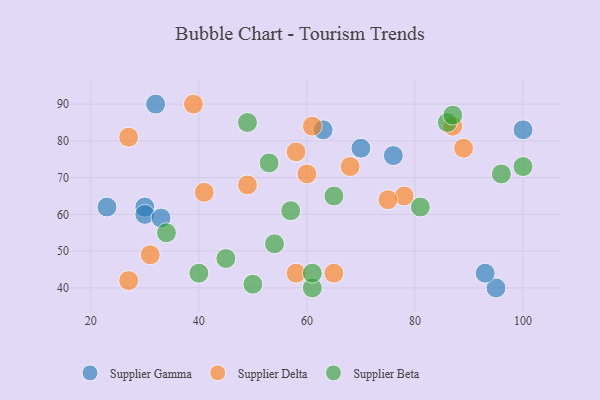
{"axis": {"x": "GDP", "y": "Life Expectancy"}, "legend": ["Supplier Beta", "Supplier Delta", "Supplier Gamma"], "data": [{"x": "63", "y": 83, "type": "Supplier Gamma"}, {"x": "30", "y": 62, "type": "Supplier Gamma"}, {"x": "95", "y": 40, "type": "Supplier Gamma"}, {"x": "23", "y": 62, "type": "Supplier Gamma"}, {"x": "30", "y": 60, "type": "Supplier Gamma"}, {"x": "93", "y": 44, "type": "Supplier Gamma"}, {"x": "32", "y": 90, "type": "Supplier Gamma"}, {"x": "100", "y": 83, "type": "Supplier Gamma"}, {"x": "70", "y": 78, "type": "Supplier Gamma"}, {"x": "76", "y": 76, "type": "Supplier Gamma"}, {"x": "33", "y": 59, "type": "Supplier Gamma"}, {"x": "27", "y": 42, "type": "Supplier Delta"}, {"x": "61", "y": 84, "type": "Supplier Delta"}, {"x": "31", "y": 49, "type": "Supplier Delta"}, {"x": "60", "y": 71, "type": "Supplier Delta"}, {"x": "78", "y": 65, "type": "Supplier Delta"}, {"x": "58", "y": 77, "type": "Supplier Delta"}, {"x": "89", "y": 78, "type": "Supplier Delta"}, {"x": "87", "y": 84, "type": "Supplier Delta"}, {"x": "75", "y": 64, "type": "Supplier Delta"}, {"x": "65", "y": 44, "type": "Supplier Delta"}, {"x": "27", "y": 81, "type": "Supplier Delta"}, {"x": "41", "y": 66, "type": "Supplier Delta"}, {"x": "58", "y": 44, "type": "Supplier Delta"}, {"x": "49", "y": 68, "type": "Supplier Delta"}, {"x": "68", "y": 73, "type": "Supplier Delta"}, {"x": "39", "y": 90, "type": "Supplier Delta"}, {"x": "57", "y": 61, "type": "Supplier Beta"}, {"x": "61", "y": 40, "type": "Supplier Beta"}, {"x": "50", "y": 41, "type": "Supplier Beta"}, {"x": "86", "y": 85, "type": "Supplier Beta"}, {"x": "100", "y": 73, "type": "Supplier Beta"}, {"x": "81", "y": 62, "type": "Supplier Beta"}, {"x": "49", "y": 85, "type": "Supplier Beta"}, {"x": "65", "y": 65, "type": "Supplier Beta"}, {"x": "87", "y": 87, "type": "Supplier Beta"}, {"x": "61", "y": 44, "type": "Supplier Beta"}, {"x": "34", "y": 55, "type": "Supplier Beta"}, {"x": "45", "y": 48, "type": "Supplier Beta"}, {"x": "54", "y": 52, "type": "Supplier Beta"}, {"x": "96", "y": 71, "type": "Supplier Beta"}, {"x": "53", "y": 74, "type": "Supplier Beta"}, {"x": "40", "y": 44, "type": "Supplier Beta"}]}